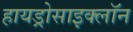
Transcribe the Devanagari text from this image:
हायड्रोसाइक्लॉन